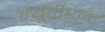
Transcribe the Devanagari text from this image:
न्यूट्रीएन्ट